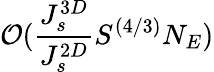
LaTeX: \mathcal{O}(\frac{J_{s}^{3D}}{J_{s}^{2D}}S^{(4/3)}N_{E})